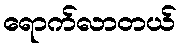
ရောက်လာတယ်